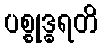
ပစ္စုဒ္ဓရတိ